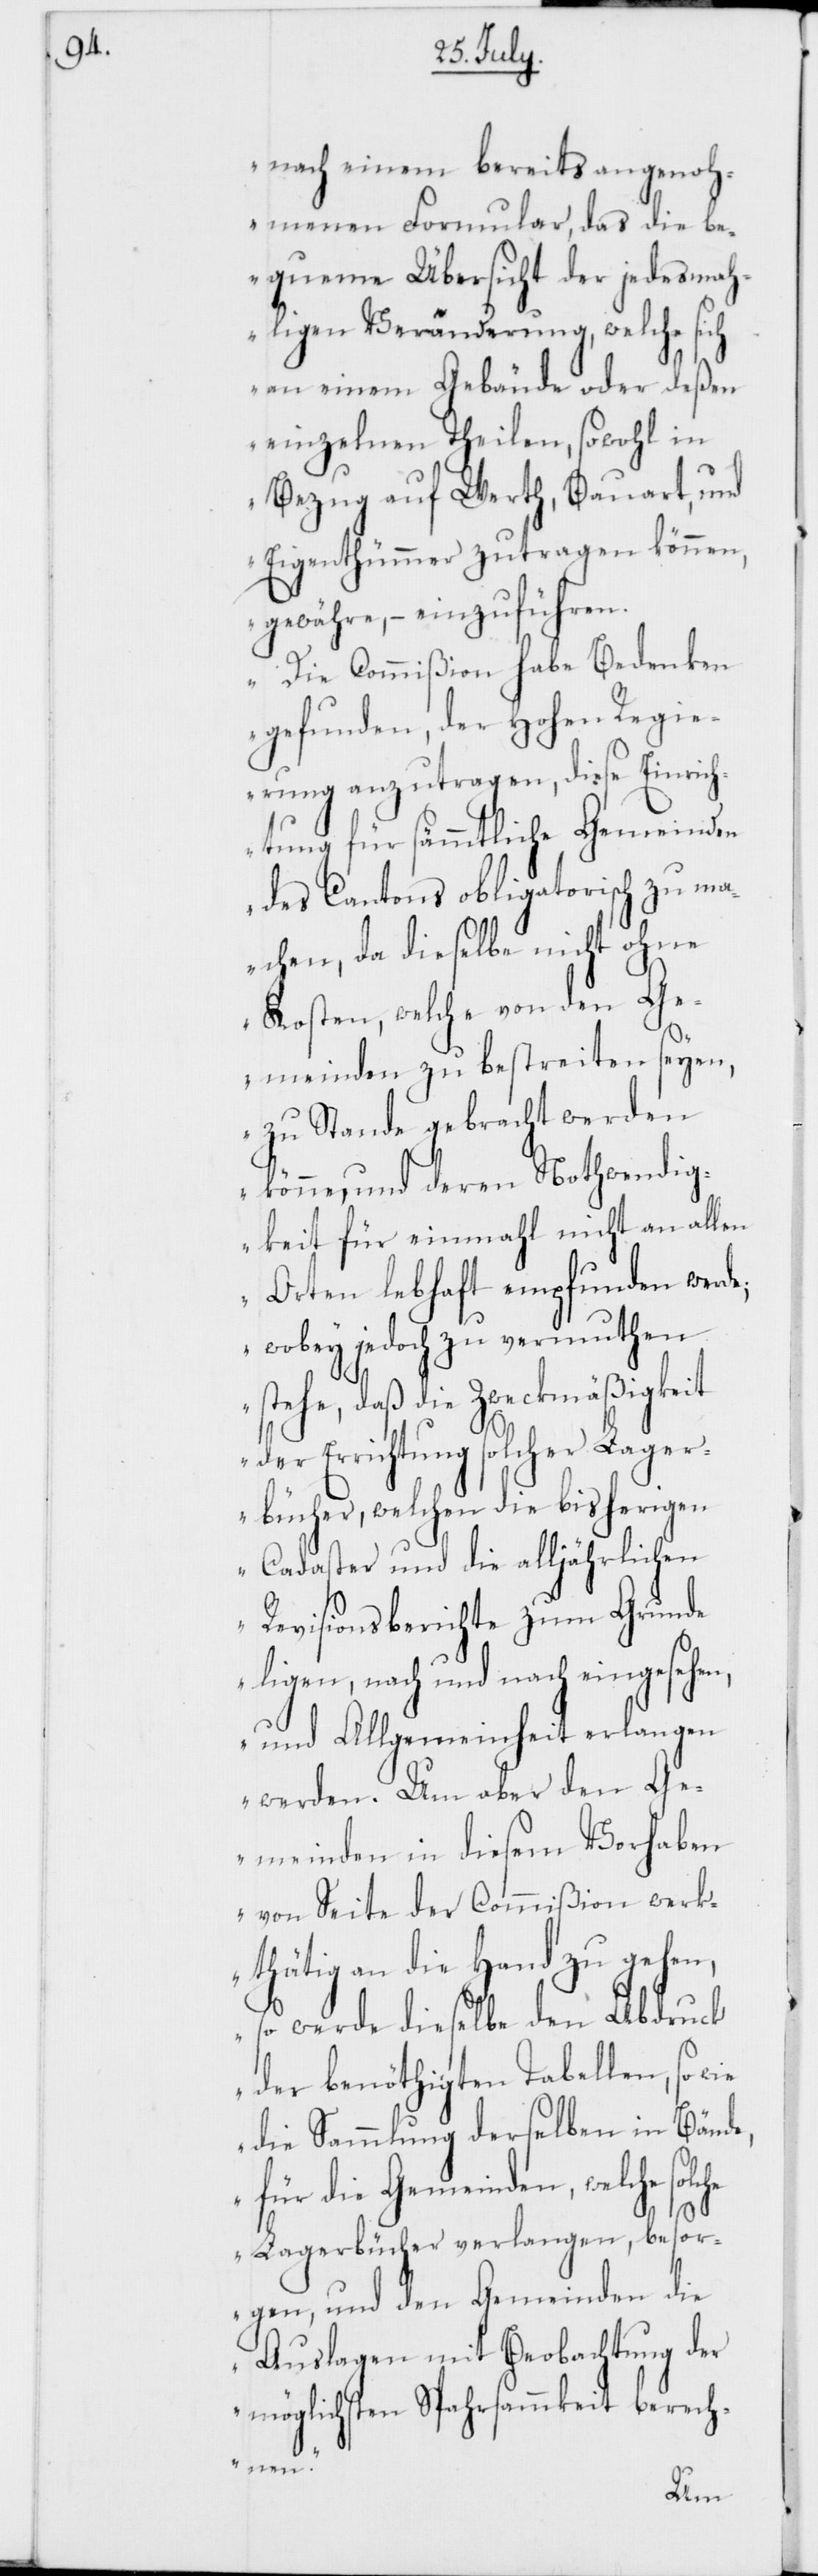
nach einem bereits angenoh¬
menen Formular, das die be¬
queme Übersicht der jedesmah¬
ligen Veränderung, welche sich
an einem Gebäude oder deßen
einzelnen Theilen, sowohl in
Bezug auf Werth, Bauart, und
Eigenthümmer zutragen können,
gewähre, – einzuführen.
Die Commißion habe Bedenken
gefunden, der Hohen Regi¬
erung anzutragen, diese Einrich¬
tung für sämmtliche Gemeinden
des Cantons obligatorisch zu m¬
achen, da dieselbe nicht ohne
Kosten, welche von den Ge¬
meinden zu bestreiten seyen,
zu Stande gebracht werden
könne, und deren Nothwendig¬
keit für einmahl nicht an allen
Orten lebhaft empfunden werde;
wobey jedoch zu vermuthen
stehe, daß die Zweckmäßigkeit
der Errichtung solcher Lager¬
bücher, welchen die bisherigen
Cadaster und die alljährlichen
Revisionsberichte zum Grunde
ligen, nach und nach eingesehen,
und Allgemeinheit erlangen
werden. Um aber den Ge¬
meinden in diesem Vorhaben
von Seite der Commißion werk¬
thätig an die Hand zu gehen,
so werde dieselbe den Abdruck
der benöthigten Tabellen, so
die Sammlung derselben in Bände,
für die Gemeinden, welche
Lagerbücher verlangen, besor¬
gen, und den Gemeinden die
Auslagen mit Beobachtung der
möglichsten Sparsammkeit berech¬
nen.“